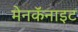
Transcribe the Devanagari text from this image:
मेनकॅनाइट